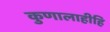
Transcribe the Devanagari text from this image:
कुणालाहीहि